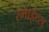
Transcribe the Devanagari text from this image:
स्माईथ्स